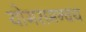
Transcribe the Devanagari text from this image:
योगसमन्वय